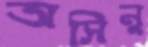
অসিনু